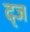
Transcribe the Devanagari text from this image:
द्ज